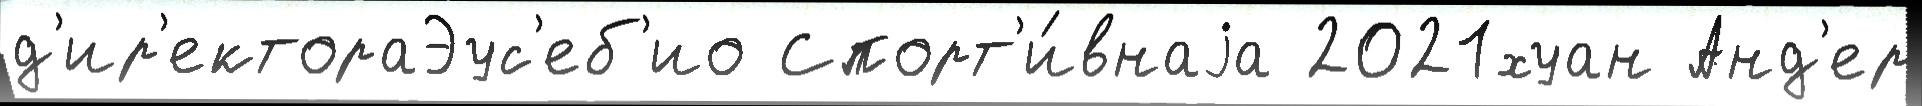
д'ир'ектораЭус'еб'ио Спорт'и́внаjа 2021хуан Анд'ер